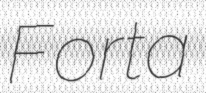
Forta